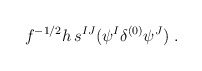
\begin{align*} f^{-1/2} h \, s^{IJ}(\psi^I \delta^{(0)} \psi^J)~.\end{align*}